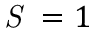
\textit { S } = 1